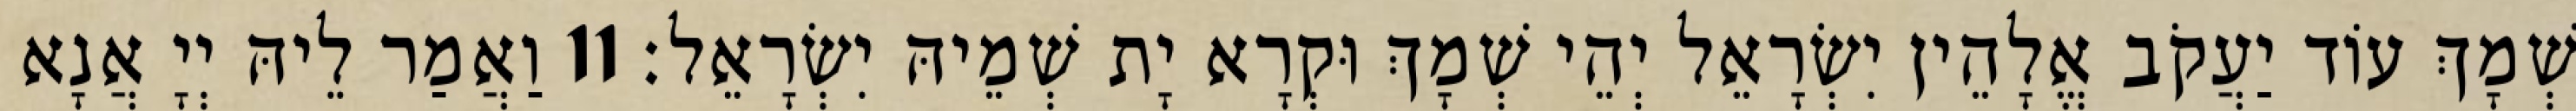
שְׁמָךְ עוֹד יַעֲקֹב אֱלָהֵין יִשְׂרָאֵל יְהֵי שְׁמָךְ וּקְרָא יָת שְׁמֵיהּ יִשְׂרָאֵל׃ 11 וַאֲמַר לֵיהּ יְיָ אֲנָא